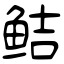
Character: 鲒